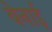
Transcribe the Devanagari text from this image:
बेनाई